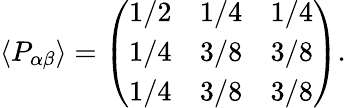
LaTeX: \langle P_{\alpha\beta}\rangle=\left(\begin{array}{ccc}{{1/2}}&{{1/4}}&{{1/4}}\\ {{1/4}}&{{3/8}}&{{3/8}}\\ {{1/4}}&{{3/8}}&{{3/8}}\end{array}\right).